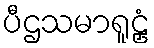
ပီဌသမာရူဠှံ